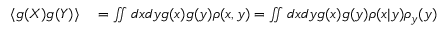
\begin{array} { r l } { \langle g ( X ) g ( Y ) \rangle } & { { } = \iint d x d y g ( x ) g ( y ) \rho ( x , y ) = \iint d x d y g ( x ) g ( y ) \rho ( x | y ) \rho _ { y } ( y ) } \end{array}